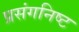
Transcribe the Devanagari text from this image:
प्रसंगनिष्ट